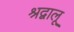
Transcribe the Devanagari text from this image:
श्रद्वालू